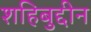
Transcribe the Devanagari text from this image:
शहिबुद्दीन